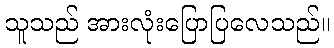
သူသည် အားလုံးပြောပြလေသည်။